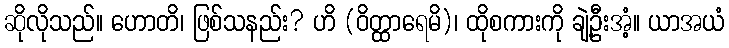
ဆိုလိုသည်။ ဟောတိ၊ ဖြစ်သနည်း? ဟိ (ဝိတ္ထာရေမိ)၊ ထိုစကားကို ချဲ့ဦးအံ့။ ယာအယံ